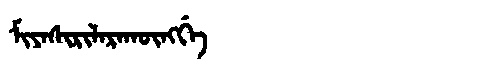
Manchu: ᠮᡳᠶᠠᠰᡳᡵᡳᠯᠠᡵᠠᡴᡡᠩᡤᡝ
Romanization: MIYASIRILARAKŪNGGE